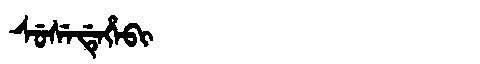
Manchu: ᠰᡠᠰᡝᡩᡝᡥᡝᠪᡳ
Romanization: SUSEDEHEBI